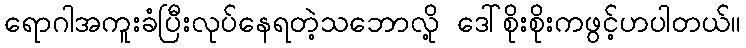
ရောဂါအကူးခံပြီးလုပ်နေရတဲ့သဘောလို့ ဒေါ်စိုးစိုးကဖွင့်ဟပါတယ်။